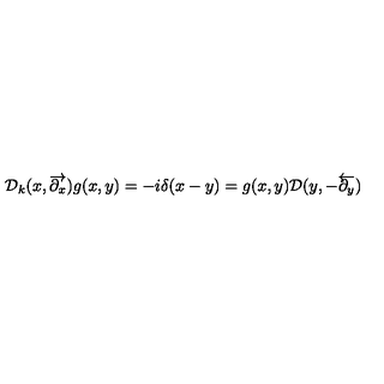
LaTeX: { \cal D } _ { k } ( x , \overrightarrow { \partial _ { x } } ) g ( x , y ) = - i \delta ( x - y ) = g ( x , y ) { \cal D } ( y , - \overleftarrow { \partial _ { y } } )